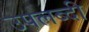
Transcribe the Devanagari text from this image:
उपलब्दी